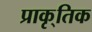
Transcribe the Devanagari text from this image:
प्राकृ्तिक